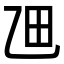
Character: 乪